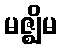
မဇ္ဈိမ